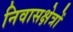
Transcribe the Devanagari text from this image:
निवासक्षेत्रों